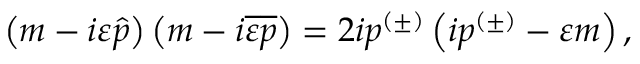
\left( m - i \varepsilon \widehat { p } \right) \left( m - i \overline { { { \varepsilon } } } \overline { { { p } } } \right) = 2 i p ^ { ( \pm ) } \left( i p ^ { ( \pm ) } - \varepsilon m \right) ,